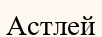
Астлей